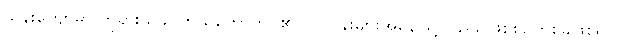
သိန်းကျော်မှာ ဘုရားသခင်ကိုယ်တော်တိုင်၏ လုပ်ငန်းများအနေဖြင့်လည်း ဖြစ်စဉ်တစ်ခုဖြစ်ရာ